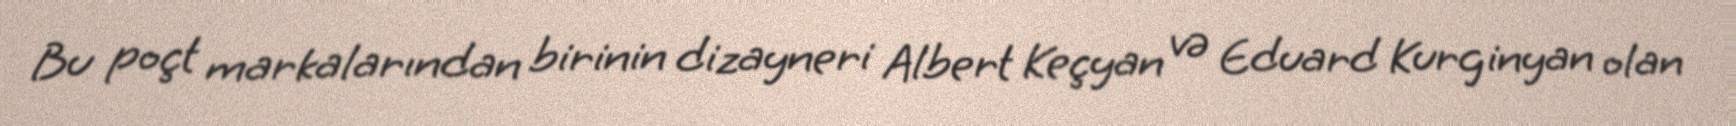
Bu poçt markalarından birinin dizayneri Albert Keçyan və Eduard Kurginyan olan